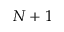
N + 1